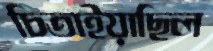
চিতাইয়াছিল